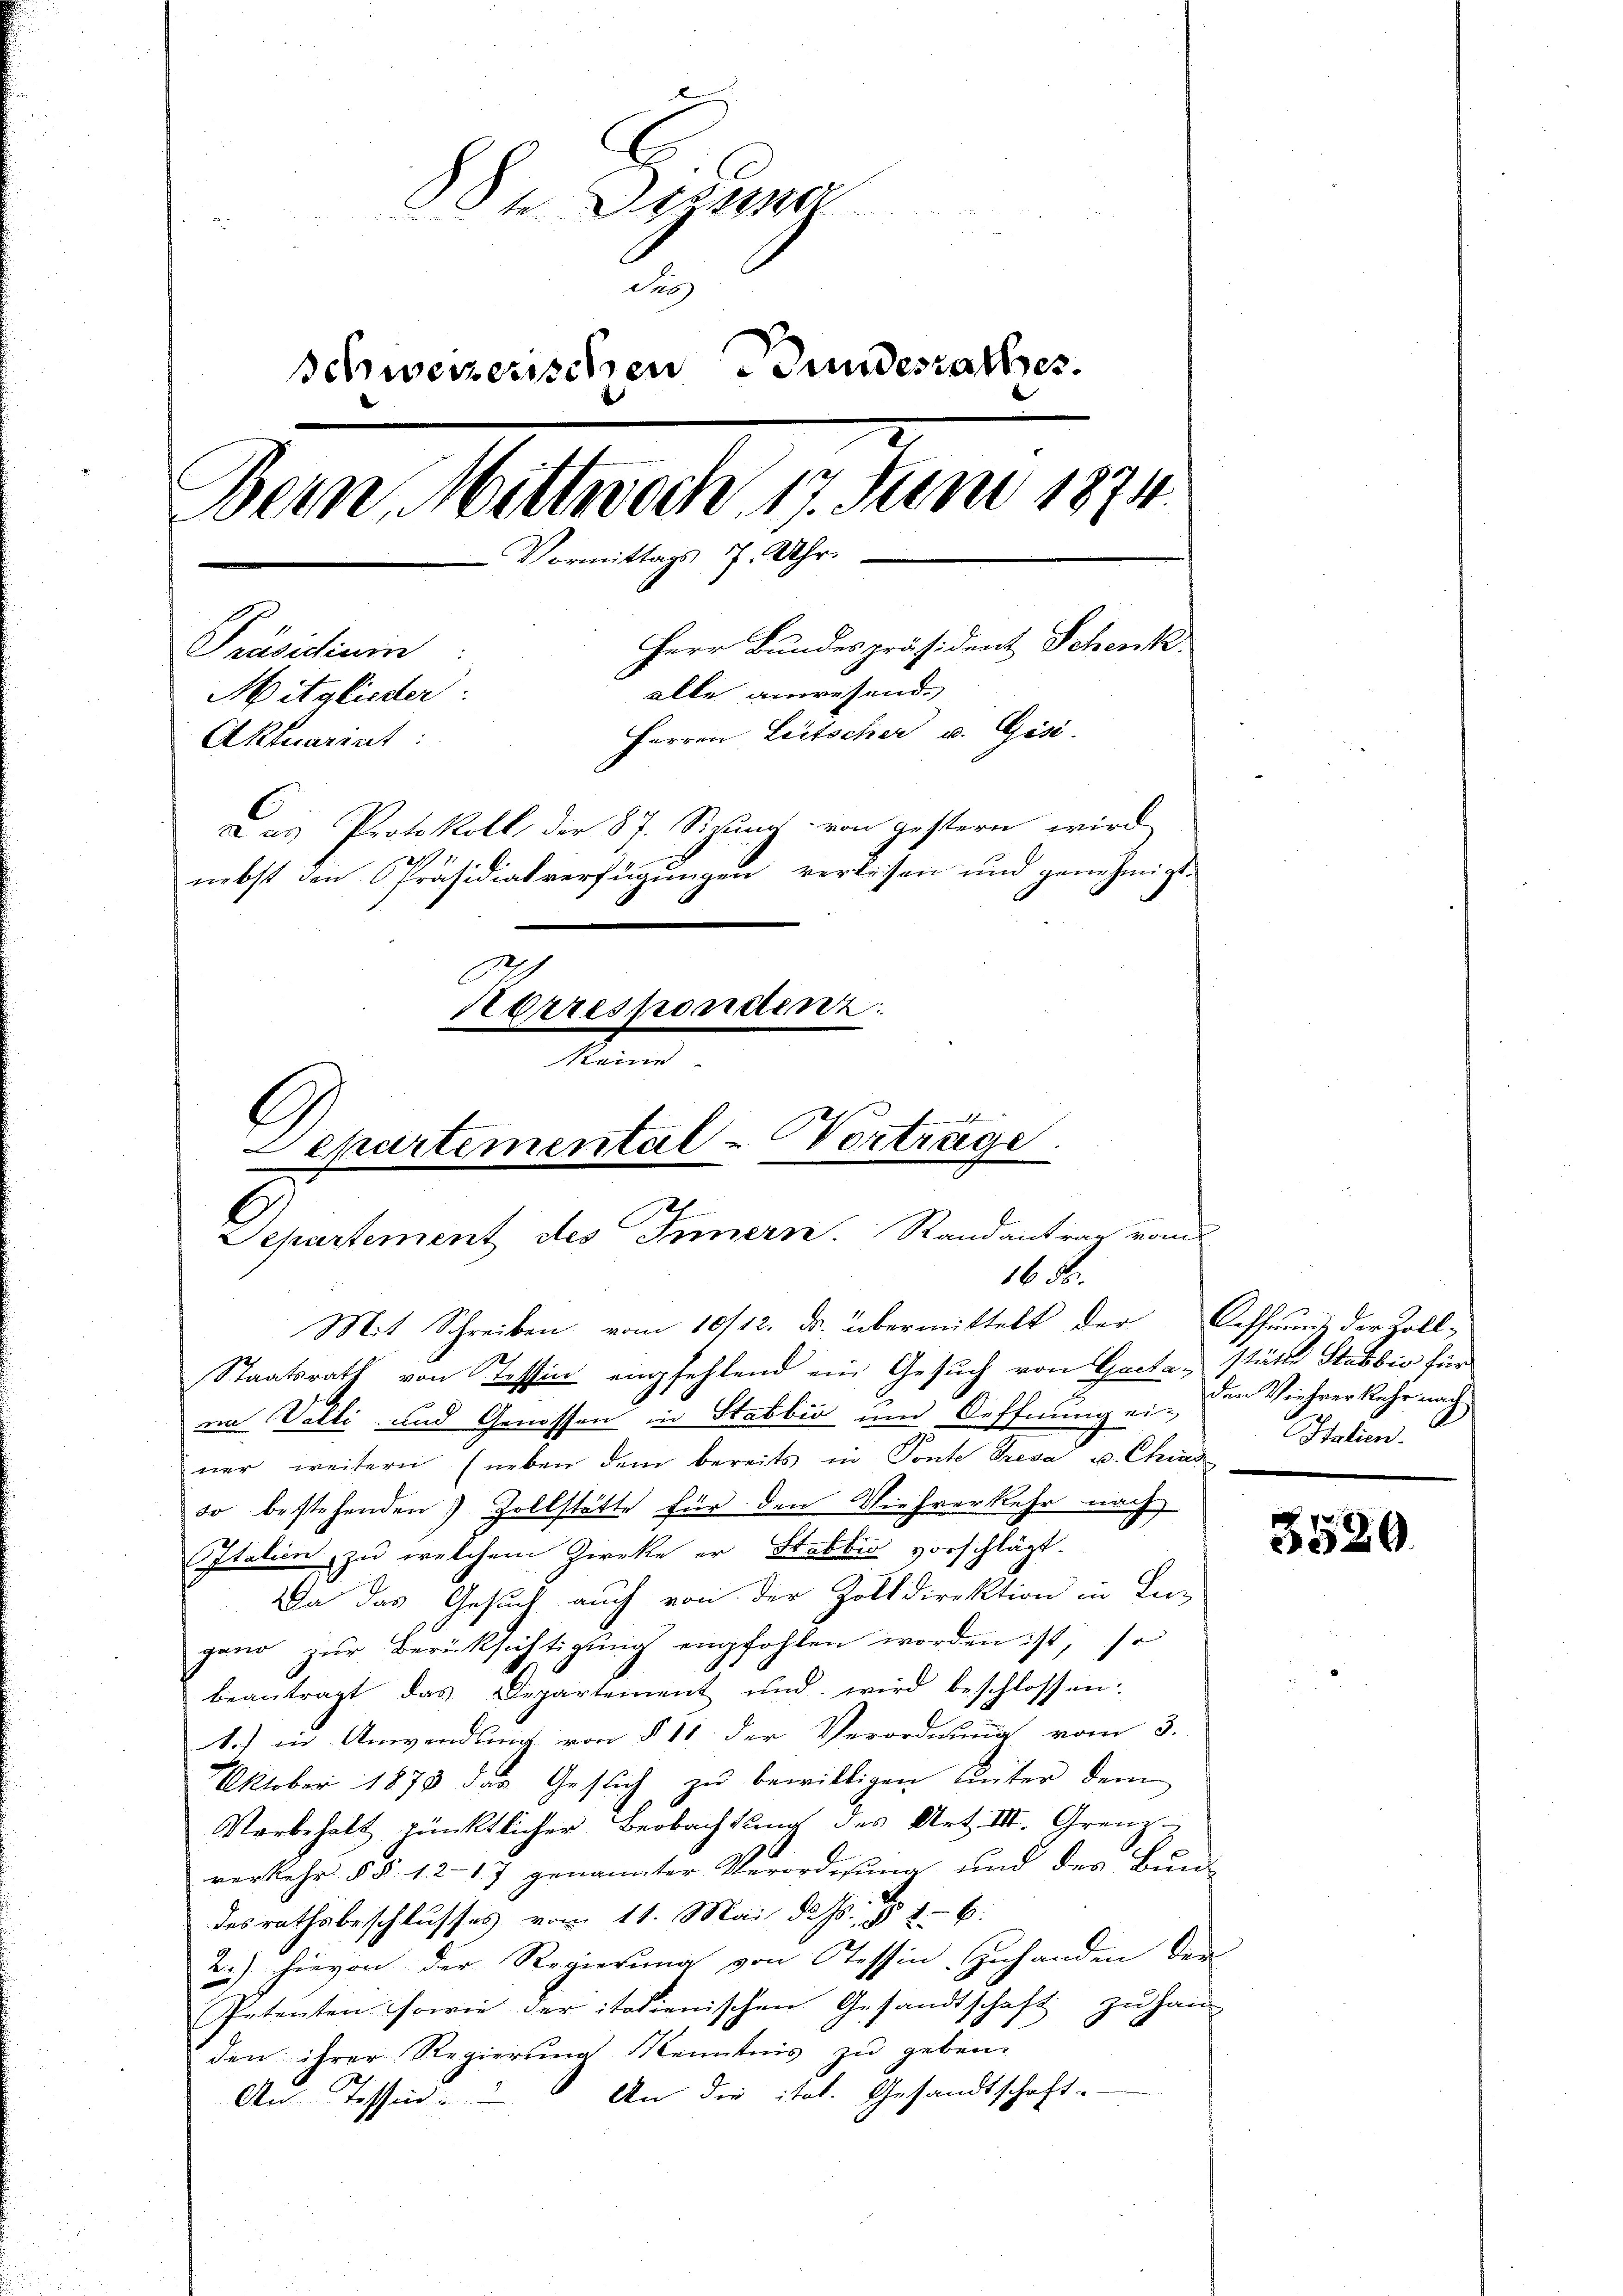
884. Depara
des
Schweizerischen Bundesrathes.
Bern, Mittwoch 17. Juni 1874.
Vormittags 7. Uhr.
Herr Bundespräsident Schenk
Präsidium
alle anwesend.
Mitglieder:
Herren Leitscher u. Gisi-
Aktuariat
Das Protokoll der 87. Sizung von gestern wird
nebst den Präsidialverfügungen verlissen und genehmigt.
Korrespondenz.
keine

Departemental-Vorträge
Departement des Innern. Randantrag vom
16 Fr.

Mit Schreiben vom 10/12. ds. übermittelt der Oeffnung der Zoll-
Staatsrath von Tessin empfehlend ein Gesuch von Gaeta, stätte Stabbio für
in Valti und Genossen in Stabbio und Oeffnung ei-
ner weitern (neben dem bereits in Ponte Presa u. Chias
so bestehenden Zollstätte für den Viehverkehr nach
Italien zu welchem Zwecke er Stabbio vorschlägt.
Da das Gesuch auch von der Zolldirektion in Lu-
gand zŭr Berücksichtigŭng empfohlen worden ist, so
beantragt das Departement und wird beschlossen:
A.) in Anwendung von § 11 der Verordnung vom 3.
Oktober 1878 das Gesuch zu bewilligen unter dem
Vorbehalt pünktlicher Beobachtung des Art. III. Grenz-
verkehr § §. 12-17 genannter Verordnung und des Bun-
e.
desrathsbeschlusses vom 11. Mai d. Js., § 86.
2i) hievon der Regierung von Tessin. Zuhanden den
Petenten sowie der italienischen Gesandtschaft zu han
den ihrer Regierung Kenntnis zu geben.
An die itat. Gesandtschaft.
An Tessin.

den Viehrerkehr nach
Italien.

3520.